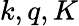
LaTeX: k,q,K